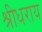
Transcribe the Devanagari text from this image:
श्रीधराय